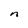
Character: n